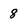
Character: 8